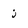
Character: j